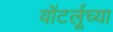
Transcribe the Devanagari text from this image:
वॉटर्लूच्या